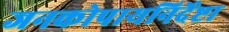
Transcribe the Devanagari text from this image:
जनकोपायनिर्देष्टा